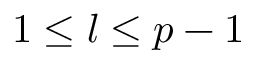
1 \le l \le p - 1